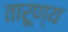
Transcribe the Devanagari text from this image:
तारूण्य